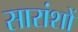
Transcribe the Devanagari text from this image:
सारांशों